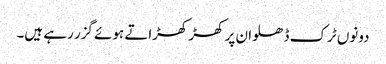
دونوں ٹرک ڈھلوان پر کھڑ کھڑاتے ہوئے گزر رہے ہیں۔